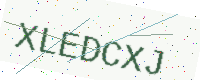
Text: XLEDCXJ